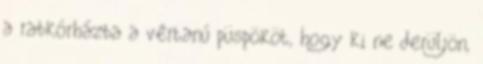
a rabkórházba a vértanú püspököt, hogy ki ne derüljön,